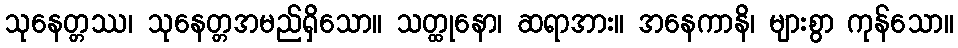
သုနေတ္တဿ၊ သုနေတ္တအမည်ရှိသော။ သတ္ထုနော၊ ဆရာအား။ အနေကာနိ၊ များစွာ ကုန်သော။